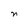
Character: n